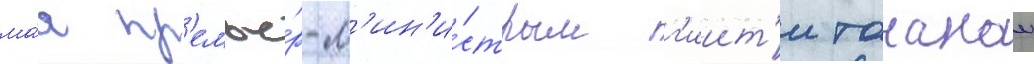
ма́я пр'емье́р-м'ин'и́стром г'иит'и танакои